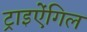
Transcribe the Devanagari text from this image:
ट्राइऐंगिल